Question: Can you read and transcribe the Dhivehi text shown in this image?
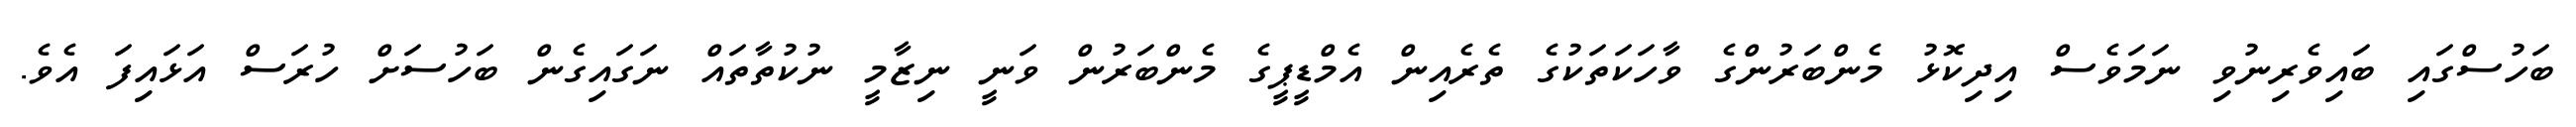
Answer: ބަހުސްގައި ބައިވެރިނުވި ނަމަވެސް އިދިކޮޅު މެންބަރުންގެ ވާހަކަތަކުގެ ތެރެއިން އެމްޑީޕީގެ މެންބަރުން ވަނީ ނިޒާމީ ނުކުތާތައް ނަގައިގެން ބަހުސަށް ހުރަސް އަޅައިފަ އެވެ.